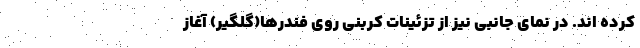
کرده اند. در نمای جانبی نیز از تزئینات کربنی روی فندرها(گلگیر) آغاز